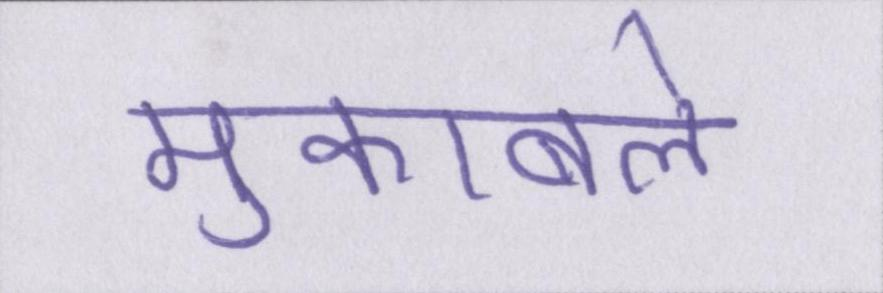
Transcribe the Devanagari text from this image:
मुकाबले